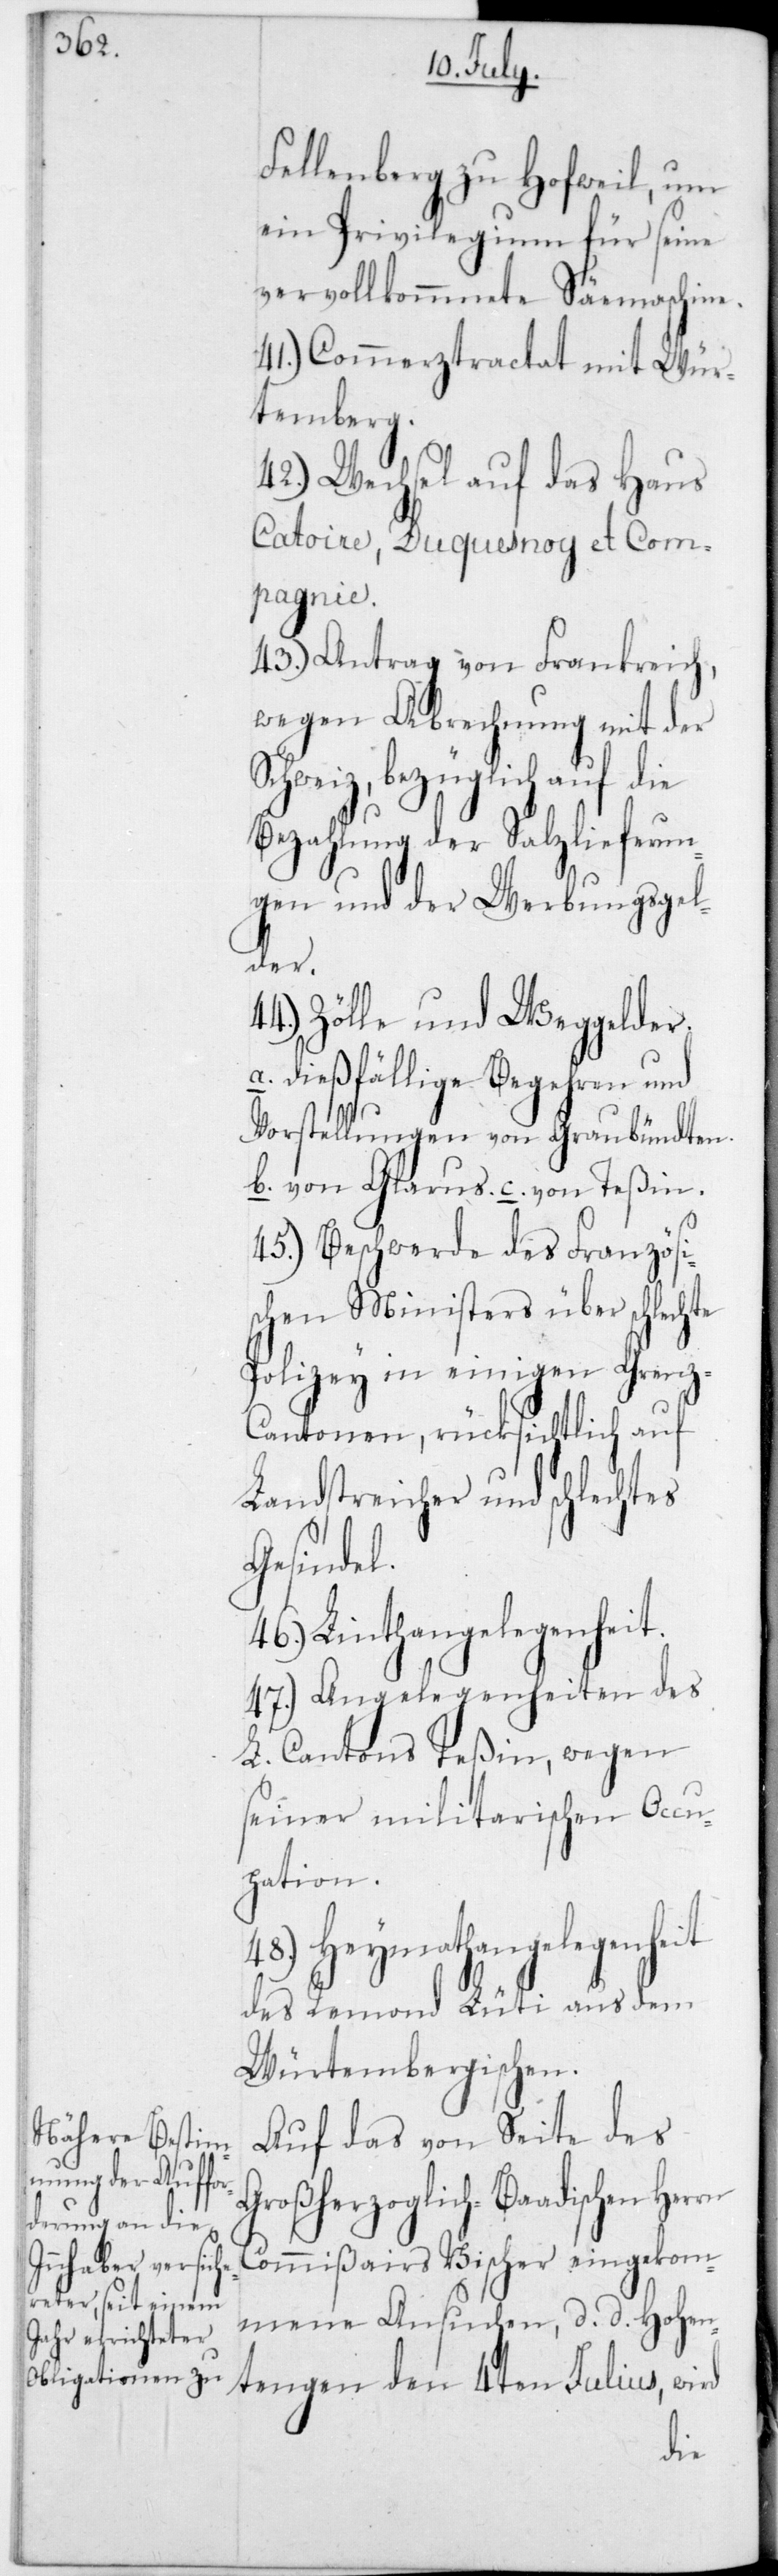
Fellenberg zu Hofweil, um
ein Privilegium für seine
vervollkommnete Sähmaschine.
41.) Commerztractat mit Wür¬
temberg.
42.) Wechsel auf das Haus
Catoire, Duquesnoy et Com¬
Julius,
43.) Antrag von Frankreich,
wegen Abrechnung mit der
Schweiz, bezüglich auf die
Bezahlung der Salzlieferun¬
gen und der Werbungsgel¬
der.
Zölle und Weggelder.
a. dießfällige Begehren und
Vorstellungen von Graubündten.
b. von Glarus. c. von Teßin.
45.) Beschwerde des Französi¬
schen Ministers über schlechte
Polizey in einigen Gren¬
z-Cantonen, rücksichtlich auf
Landstreicher und schlechtes
Gesindel.
46.) Linthangelegenheit.
47.) Angelegenheiten des
L. Cantons Teßin, wegen
seiner militarischen Occu¬
pation.
48.) Heymathangelegenheit
des Remond Lüthi aus dem
Würtembergischen.
Auf das von Seite des
Großherzoglich-Baadischen Herrn
Commißairs Vischer eingekom¬
mene Ansuchen,d. d. Hohen¬